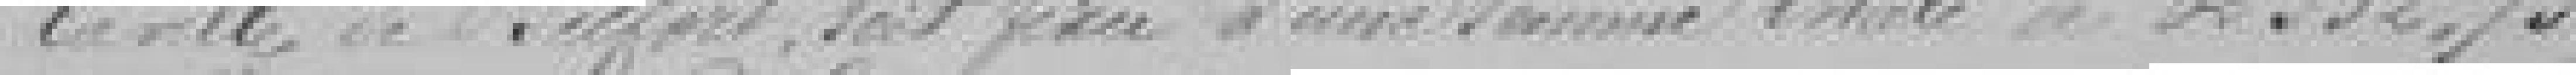
la ville de Belfort, soit fixée à une somme totale de 352,73 francs